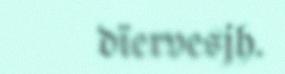
dïervesjh.